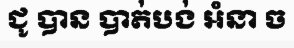
ជូ បាន បាត់បង់ អំនា ច